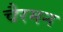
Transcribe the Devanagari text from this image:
चैरमन